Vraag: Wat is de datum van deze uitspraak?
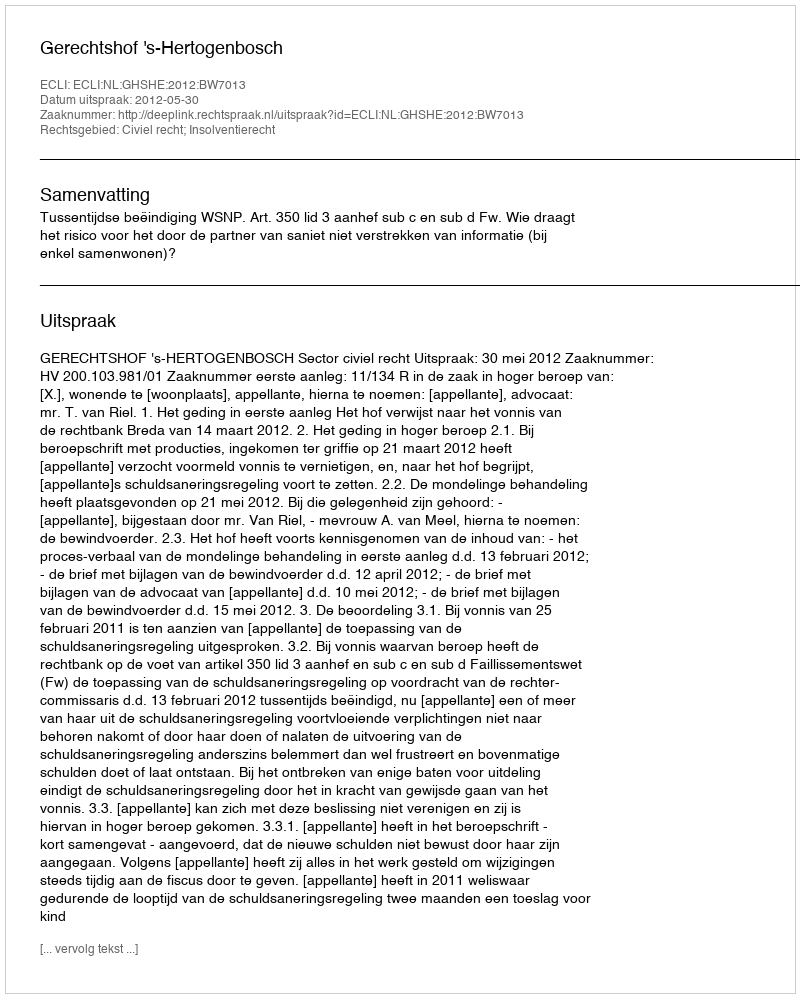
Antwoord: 2012-05-30